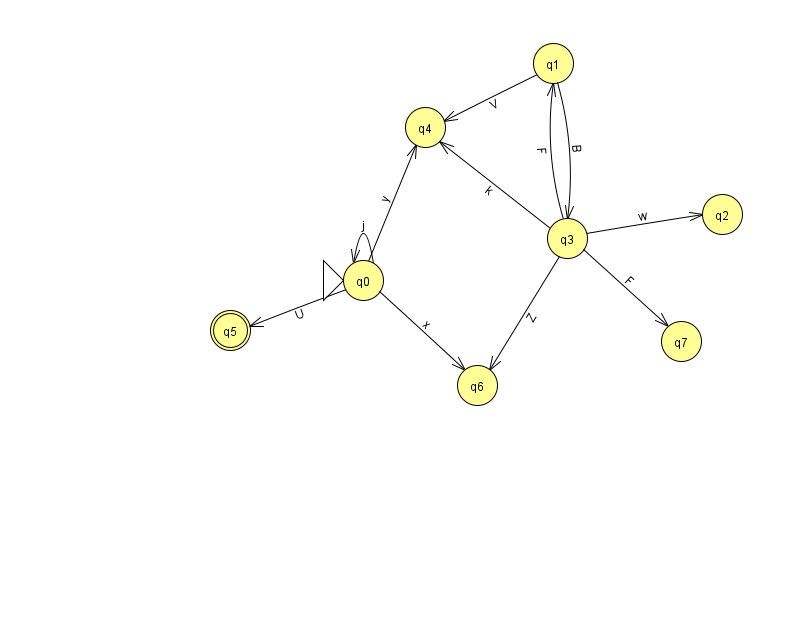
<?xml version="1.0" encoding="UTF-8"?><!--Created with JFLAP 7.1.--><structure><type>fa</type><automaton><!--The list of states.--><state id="0" name="q0"><x>363.0</x><y>267.0</y><initial/></state><state id="1" name="q1"><x>553.0</x><y>50.0</y></state><state id="2" name="q2"><x>722.0</x><y>201.0</y></state><state id="3" name="q3"><x>567.0</x><y>225.0</y></state><state id="4" name="q4"><x>425.0</x><y>114.0</y></state><state id="5" name="q5"><x>230.0</x><y>317.0</y><final/></state><state id="6" name="q6"><x>477.0</x><y>372.0</y></state><state id="7" name="q7"><x>681.0</x><y>328.0</y></state><!--The list of transitions.--><transition><from>3</from><to>2</to><read>w</read></transition><transition><from>1</from><to>3</to><read>B</read></transition><transition><from>0</from><to>6</to><read>x</read></transition><transition><from>3</from><to>6</to><read>Z</read></transition><transition><from>1</from><to>4</to><read>V</read></transition><transition><from>3</from><to>1</to><read>F</read></transition><transition><from>0</from><to>5</to><read>U</read></transition><transition><from>0</from><to>0</to><read>j</read></transition><transition><from>0</from><to>4</to><read>y</read></transition><transition><from>3</from><to>4</to><read>k</read></transition><transition><from>3</from><to>7</to><read>F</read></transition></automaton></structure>